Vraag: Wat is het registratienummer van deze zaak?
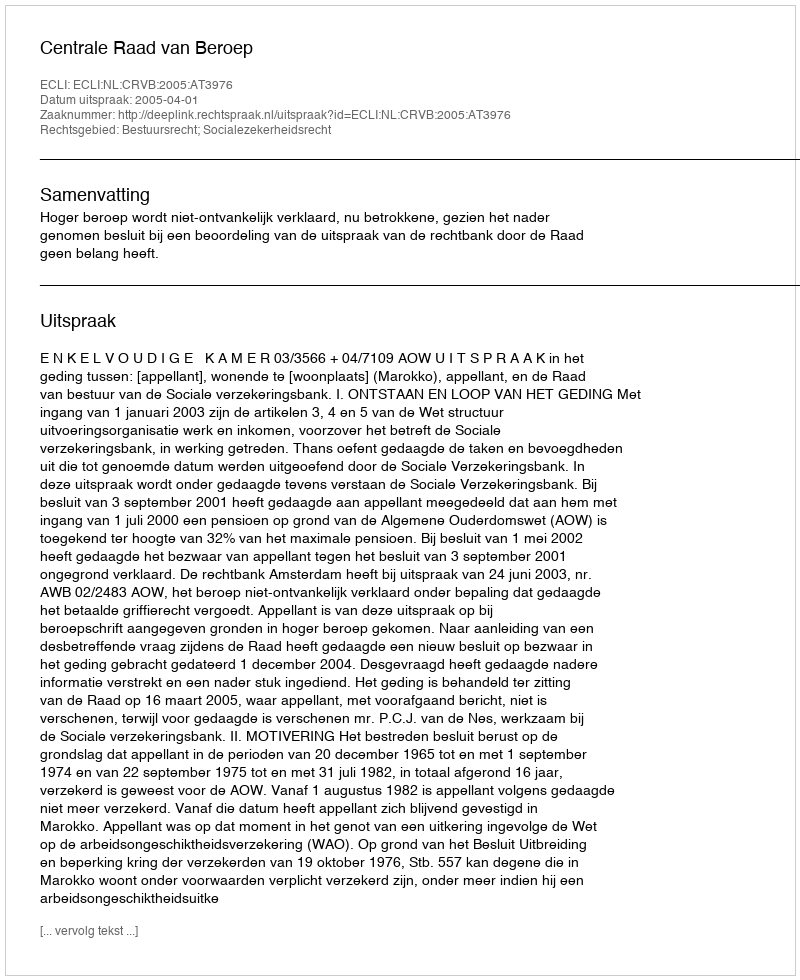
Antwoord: http://deeplink.rechtspraak.nl/uitspraak?id=ECLI:NL:CRVB:2005:AT3976